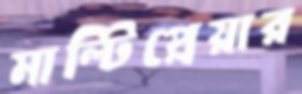
মাল্টিপ্লেয়ার